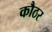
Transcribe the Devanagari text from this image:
कौठर